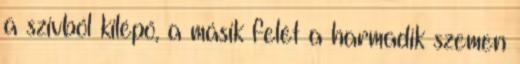
a szívből kilépő, a másik felét a harmadik szemen